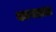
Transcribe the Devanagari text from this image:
कागलला